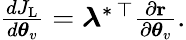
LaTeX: \begin{array}{r}{\frac{dJ_{\mathrm{L}}}{d\boldsymbol{\theta}_{v}}=\boldsymbol{\lambda}^{*\, \top}\frac{\partial{\mathbf r}}{\partial\boldsymbol{\theta}_{v}}.}\end{array}